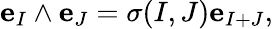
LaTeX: {\mathbf e}_{I}\wedge{\mathbf e}_{J}=\sigma(I,J){\mathbf e}_{I+J},